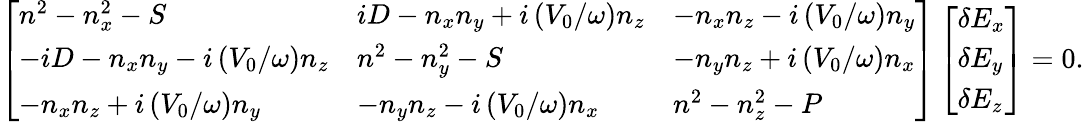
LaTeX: \left[\begin{array}{lll}{n^{2}-n_{x}^{2}-S}&{iD-n_{x}n_{y}+i\left(V_{0}/\omega\right)n_{z}}&{-n_{x}n_{z}-i\left(V_{0}/\omega\right)n_{y}}\\ {-iD-n_{x}n_{y}-i\left(V_{0}/\omega\right)n_{z}}&{n^{2}-n_{y}^{2}-S}&{-n_{y}n_{z}+i\left(V_{0}/\omega\right)n_{x}}\\ {-n_{x}n_{z}+i\left(V_{0}/\omega\right)n_{y}}&{-n_{y}n_{z}-i\left(V_{0}/\omega\right)n_{x}}&{n^{2}-n_{z}^{2}-P}\end{array}\right]\left[\begin{array}{l}{\delta E_{x}}\\ {\delta E_{y}}\\ {\delta E_{z}}\end{array}\right]=0.